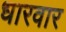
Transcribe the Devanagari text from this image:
धारवार